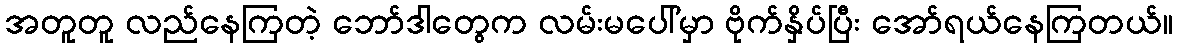
အတူတူ လည်နေကြတဲ့ ဘော်ဒါတွေက လမ်းမပေါ်မှာ ဗိုက်နှိပ်ပြီး အော်ရယ်နေကြတယ်။